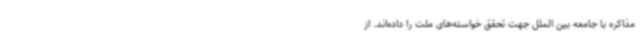
مذاکره با جامعه بین الملل جهت تحقق خواسته‌های ملت را داده‌اند. از